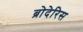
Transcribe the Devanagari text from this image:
ब्रोदेरिस